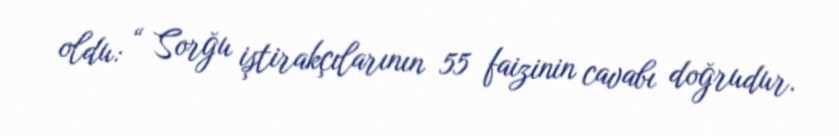
oldu: “ Sorğu iştirakçılarının 55 faizinin cavabı doğrudur.